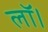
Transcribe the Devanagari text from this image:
लॉ।